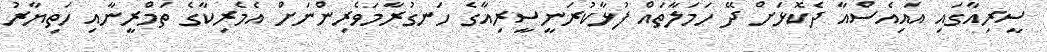
ސީރިއާގައި އައިއެސްއާ ދެކޮޅަށް ދޭ ހަމަލާތައް ފުޅާކުރަނީސީރިއާގެ ހަނގުރާމަވެރިންނަށް އެމެރިކާގެ ތަމްރީނާއި ހަތިޔާރު